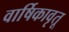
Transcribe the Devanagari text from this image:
वार्षिकावृतू